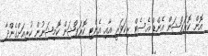
އޮން ކޮރަޕްޝަން އެންޑް އެސެޓް ރިކަވަރީ އާއި އެންޓި ކޮރަޕްޝަން ކޮމިޝަނުން ކުރިއަށްގެންދާ